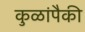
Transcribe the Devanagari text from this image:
कुळांपैकी